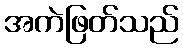
အကဲဖြတ်သည်